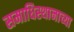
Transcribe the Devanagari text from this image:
समाधिस्थानाच्या